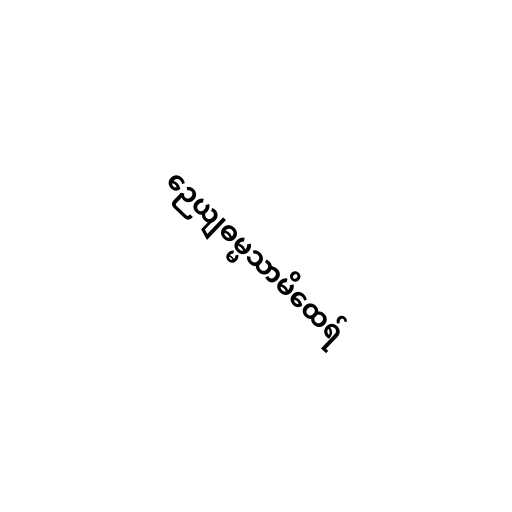
ဉေယျဓမ္မသာမိထေရ်